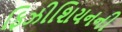
ફિઝીશિયનની